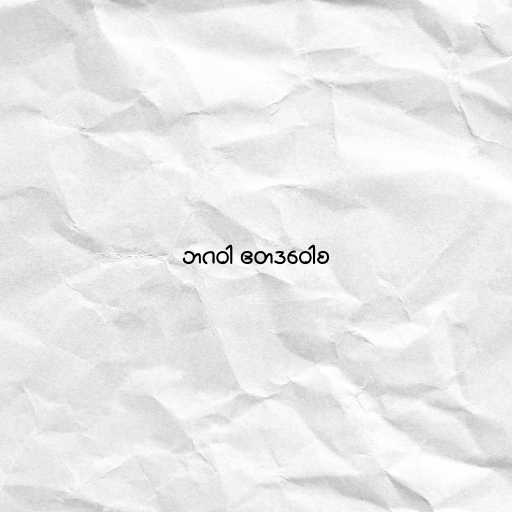
ဘဂဝါ ဧတဒဝေါစ